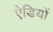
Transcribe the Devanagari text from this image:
ऐडियों